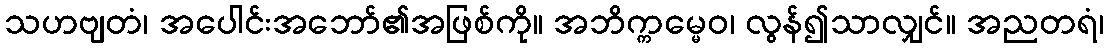
သဟဗျတံ၊ အပေါင်းအဘော်၏အဖြစ်ကို။ အဘိက္ကမ္မေဝ၊ လွန်၍သာလျှင်။ အညတရံ၊